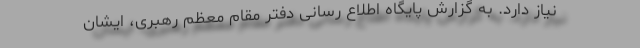
نیاز دارد. به گزارش پایگاه اطلاع رسانی دفتر مقام معظم رهبری، ایشان